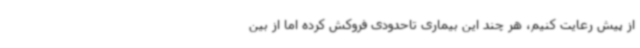
از پیش رعایت کنیم، هر چند این بیماری تاحدودی فروکش کرده اما از بین